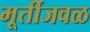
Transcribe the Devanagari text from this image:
मूर्तीजवळ